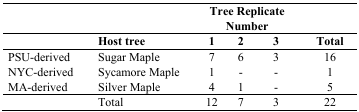
<table><thead><tr><td></td><td></td><td colspan="3"><b>Tree Replicate Number</b></td><td></td></tr><tr><td></td><td><b>Host tree</b></td><td><b>1</b></td><td><b>2</b></td><td><b>3 </b></td><td><b>Total</b></td></tr></thead><tbody><tr><td>PSU-derived</td><td>Sugar Maple </td><td>7</td><td>6</td><td>3</td><td>16</td></tr><tr><td>NYC-derived</td><td>Sycamore Maple</td><td>1</td><td>-</td><td>-</td><td>1</td></tr><tr><td>MA-derived </td><td>Silver Maple</td><td>4</td><td>1</td><td>-</td><td>5</td></tr><tr><td></td><td>Total</td><td>12</td><td>7</td><td>3</td><td>22</td></tr></tbody></table>